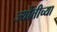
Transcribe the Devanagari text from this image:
ज्योतीच्या